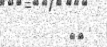
}{